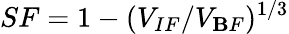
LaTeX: SF=1-(V_{IF}/V_{\mathbf{B}F})^{1/3}